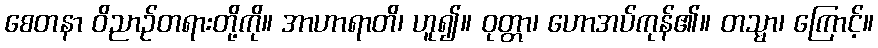
စေတနာ ဝိညာဉ်တရားတို့ကို။ အာဟာရာတိ၊ ဟူ၍။ ဝုတ္တာ၊ ဟောအပ်ကုန်၏။ တသ္မာ၊ ကြောင့်။